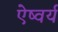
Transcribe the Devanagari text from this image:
ऐष्वर्य